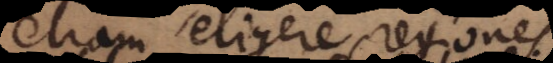
etiam eligere regiones